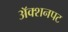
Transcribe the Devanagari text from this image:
अॅक्शनपट